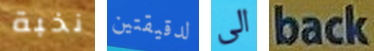
نخبة لدقيقتين الى back